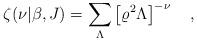
LaTeX: \begin{align*}\zeta(\nu|\beta,J)=\sum_{\Lambda}\left[\varrho^2\Lambda\right]^{-\nu}~~~,\end{align*}